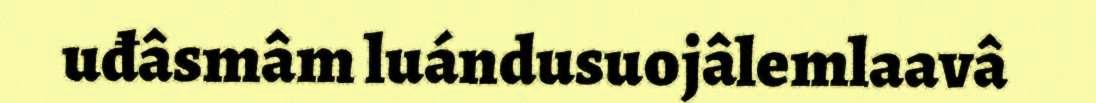
uđâsmâm luándusuojâlemlaavâ